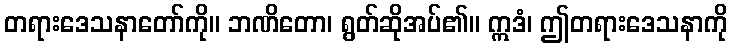
တရားဒေသနာတော်ကို။ ဘဏိတော၊ ရွတ်ဆိုအပ်၏။ ဣဒံ၊ ဤတရားဒေသနာကို